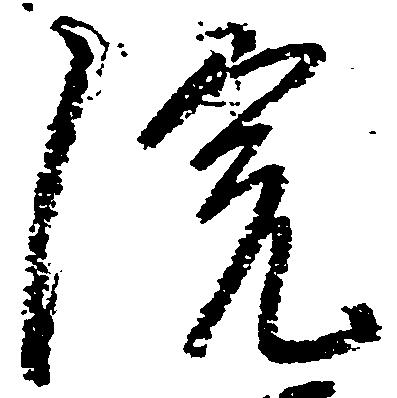
院